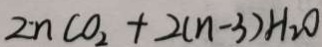
Z n C O _ { 2 } + 2 ( n - 3 ) H _ { 2 } O